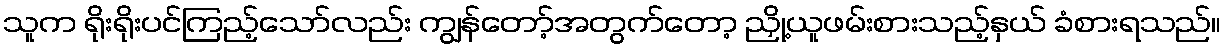
သူက ရိုးရိုးပင်ကြည့်သော်လည်း ကျွန်တော့်အတွက်တော့ ညှို့ယူဖမ်းစားသည့်နှယ် ခံစားရသည်။